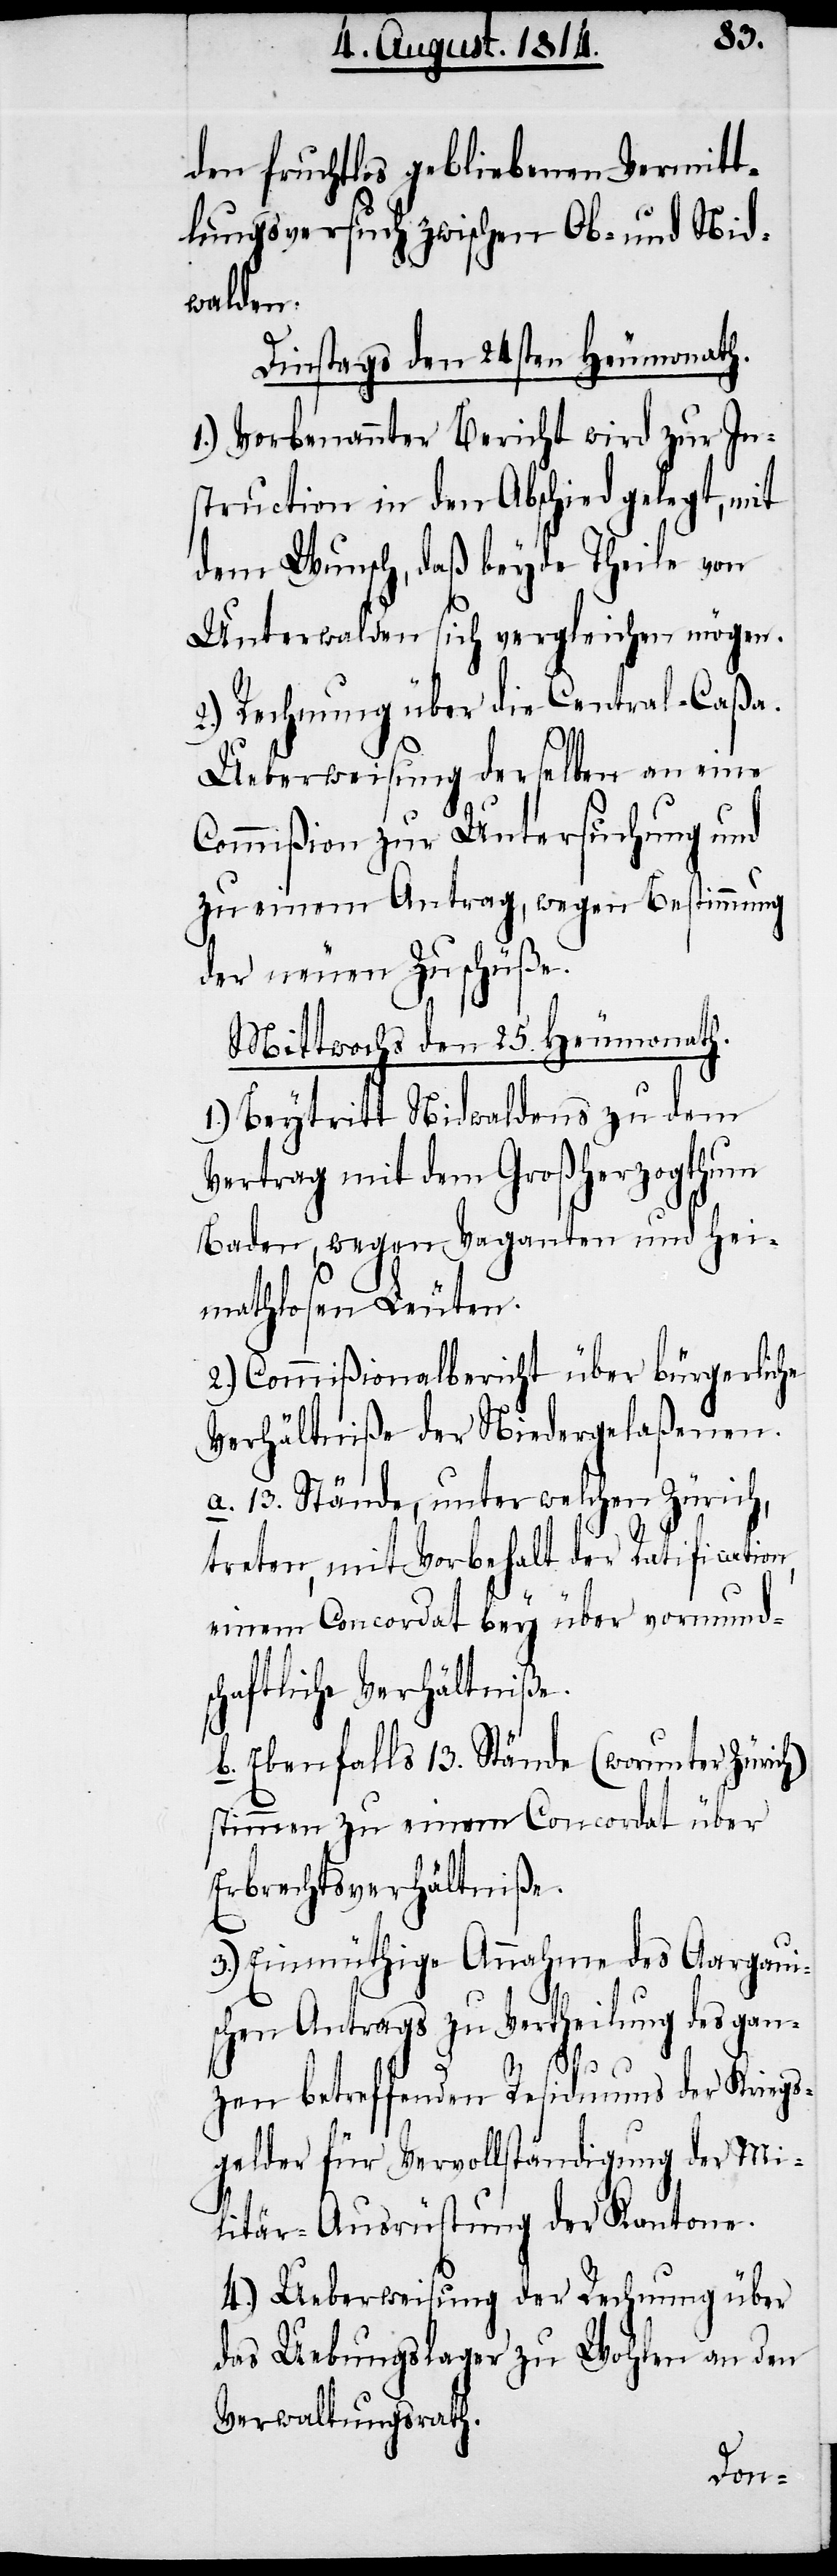
den fruchtlos gebliebenen Vermitt¬
lungsversuch zwischen Ob- und Nid¬
walden.
Dinstags den 24sten Heumonath.
1.) Vorbenannter Bericht wird zur In¬
struction in den Abschied gelegt, mit
dem Wunsch, daß beyde Theile von
Unterwalden sich vergleichen mögen.
2.) Rechnung über die Central-Caßa.
Ueberweisung derselben an eine
Commißion zur Untersuchung und
zu einem Antrag, wegen Bestimmung
der neuen Zuschüße.
Mittwochs den 25. Heumonath.
1.) Beytritt Nidwaldens zu dem
Vertrag mit dem Großherzogthum
Baden, wegen Vaganten und hei¬
mathlosen Leuten.
2.) Commißionalbericht über bürgerliche
Verhältniße der Niedergelaßenen.
a. 13. Stände, unter welchen Zürich,
treten, mit Vorbehalt der Ratification,
einem Concordat bey über vormund¬
schaftliche Verhältniße.
b. Ebenfalls 13. Stände (worunter Züric¬
stimmen zu einem concordat über
Erbrechtsverhältniße.
3.) Einmüthige Annahme des Aargaui¬
schen Antrags zu Vertheilung des gan¬
h),
zen betreffenden Residuums der Kriegs¬
gelder für Vervollständigung der Mi¬
litär-Ausrüstung der Kantone.
4.) Ueberweisung der Rechnung über
das Uebungslager zu Wohlen an den
Verwaltungsrath.